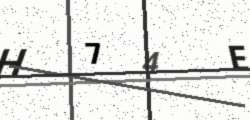
Text: H74E